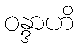
ဝန္ဒာဟိ